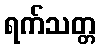
ရက်သတ္တ